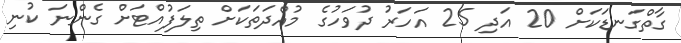
ގާތްގަނޑަކަށް 20 އަދި 25 އަހަރު ދުވަހުގެ މުއްދަތަކަށް ތިލަފުއްޓަށް ގެންނަ ކުނި